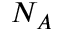
N _ { A }